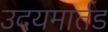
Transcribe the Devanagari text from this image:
उदयमार्तड